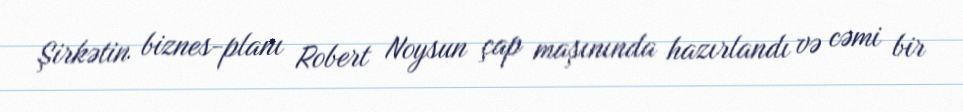
Şirkətin biznes-planı Robert Noysun çap maşınında hazırlandı və cəmi bir